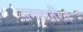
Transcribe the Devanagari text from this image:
रागाधारित